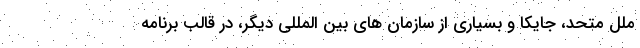
ملل متحد، جایکا و بسیاری از سازمان های بین المللی دیگر، در قالب برنامه